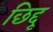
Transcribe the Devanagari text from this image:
छिद्दू